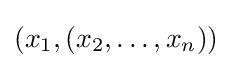
(x_{1},(x_{2},\ldots ,x_{n}))